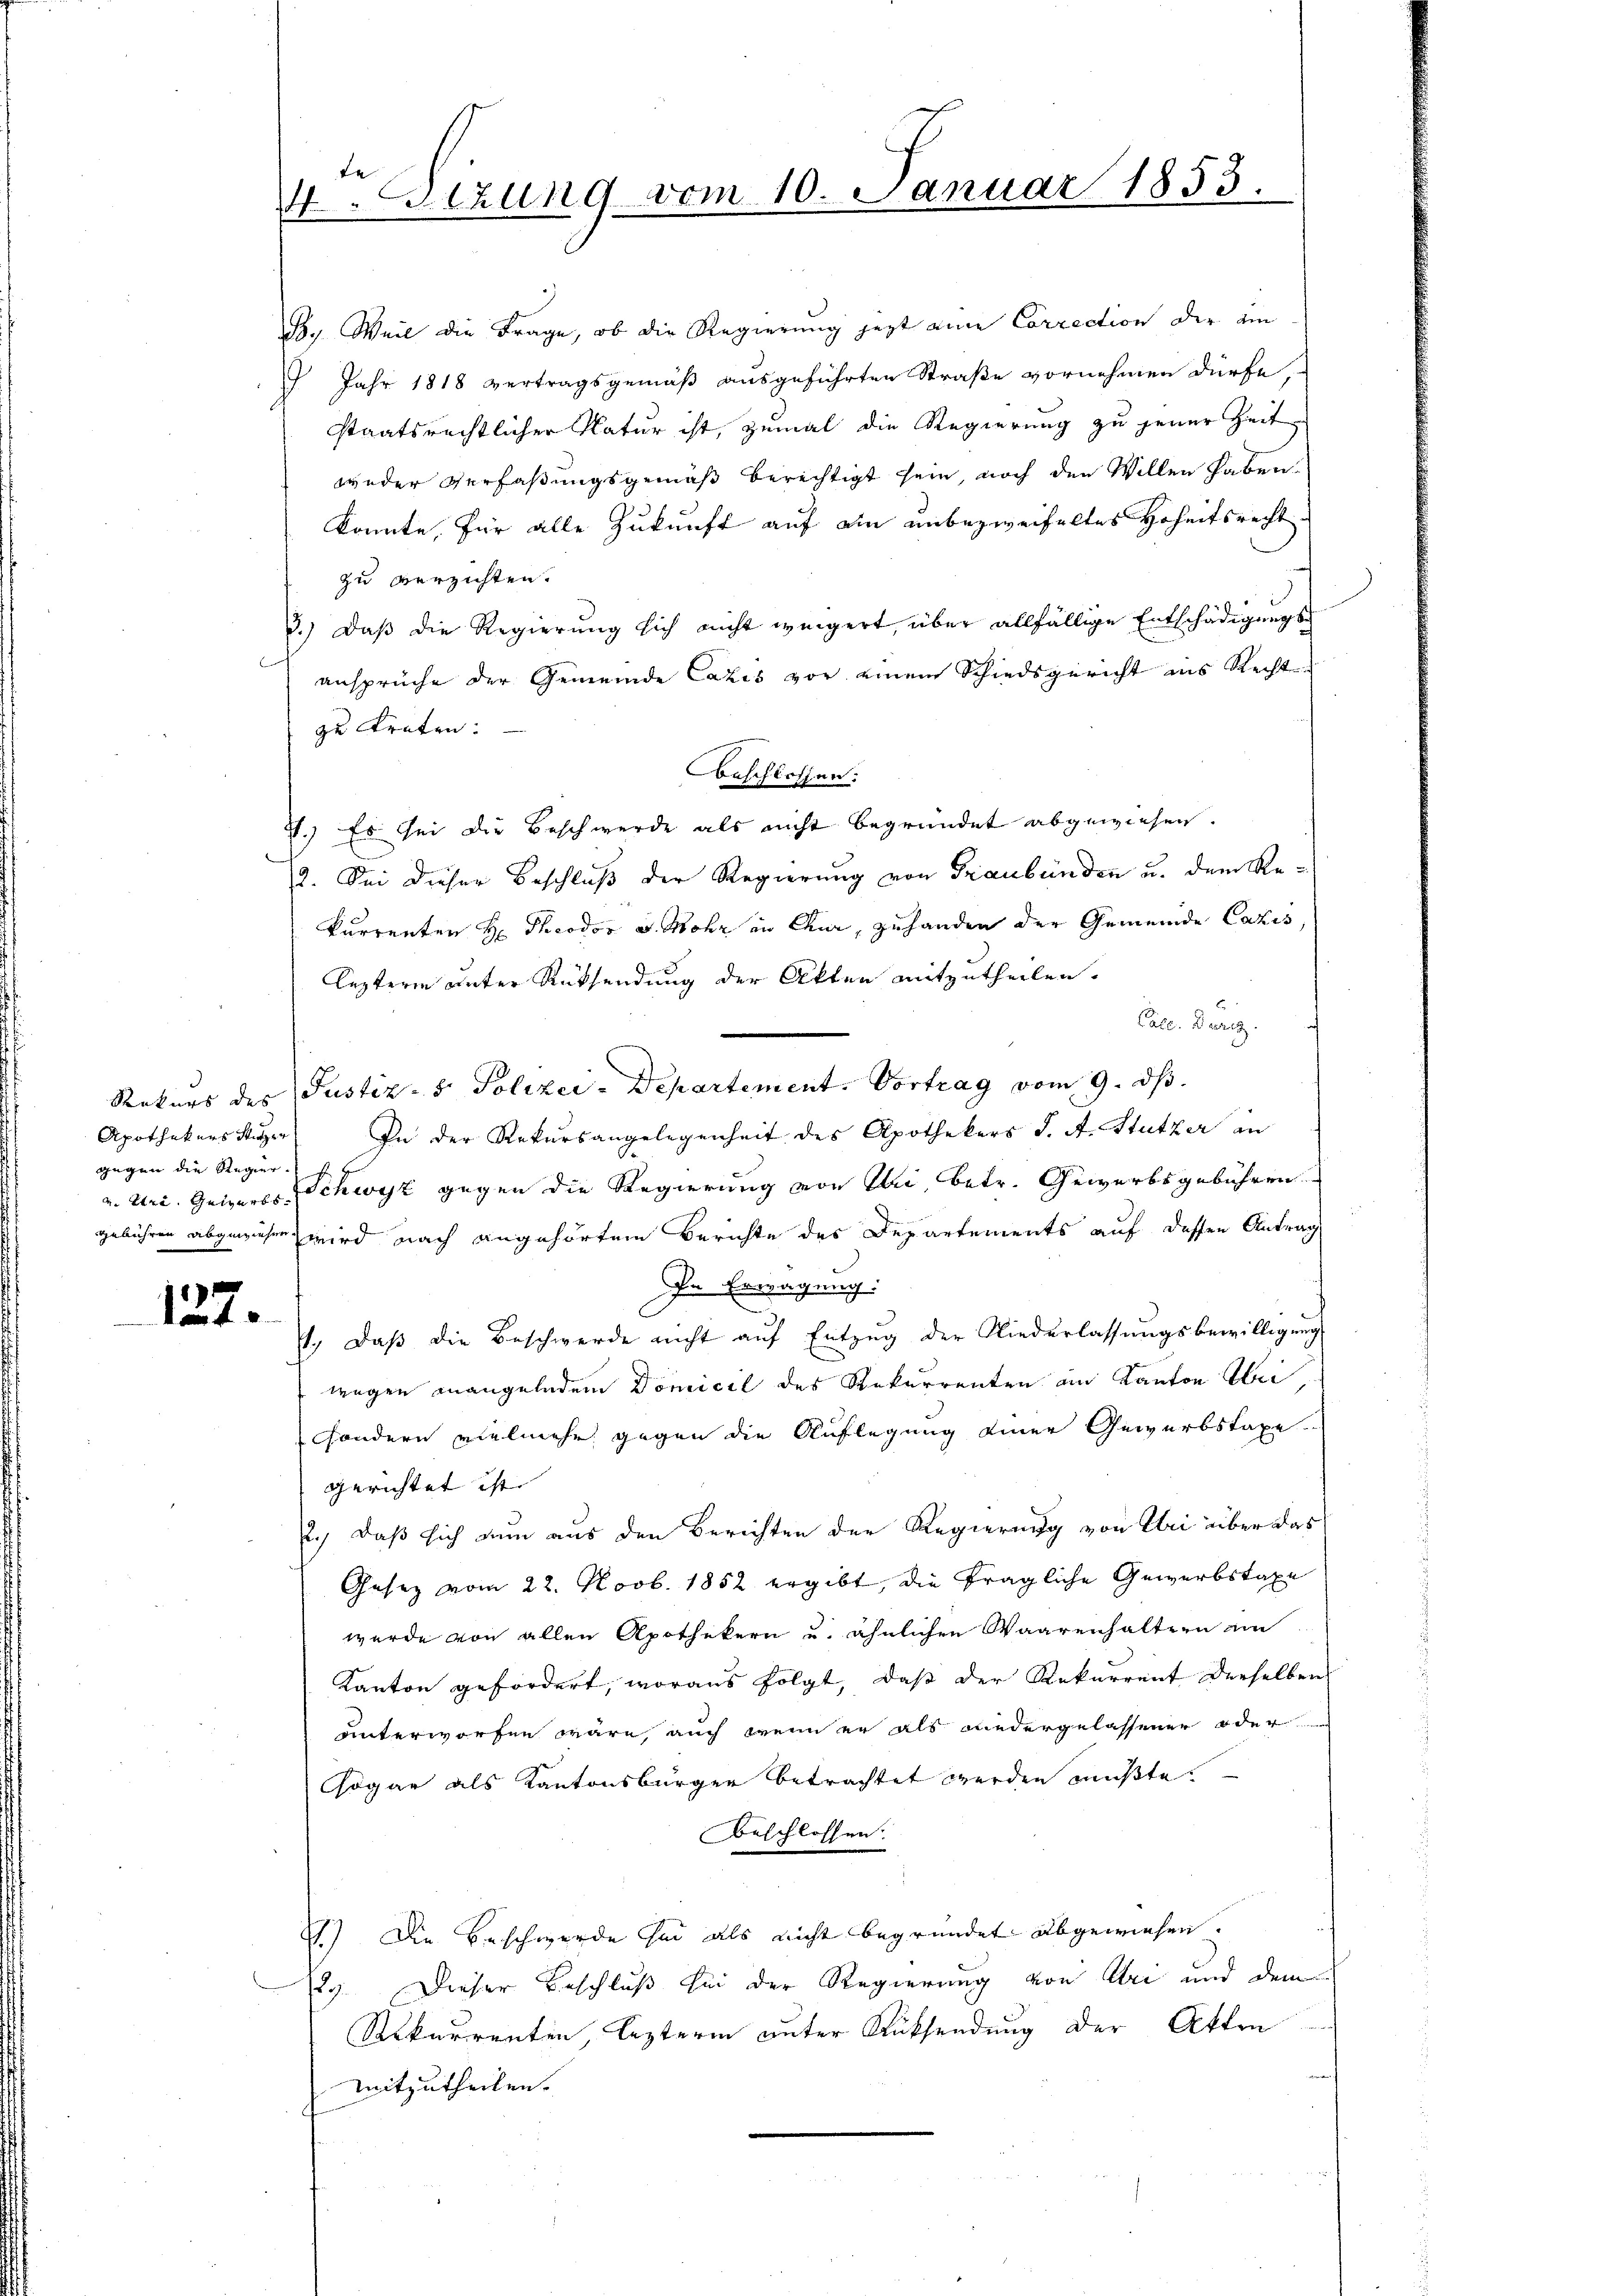
gegen die Regier-

127.

.Sizung vom 10. Januar 1853.

B. Weil die Frage, ob die Regierung jetzt eine Correction der ein
 Jahr 1818 vertragsgemäß ausgeführten Straße vornehmen dürfe,
staatsrechtlicher Natur ist, zumal die Regierung zu jener Zeit
weder Verfaßungsgemäß berechtigt sein, noch den Willen haben.
konnte, für alle Zukunft auf ein unbezweifeltes Hoheitsrecht
zu verzichten.
3.) Daß die Regierung sich nicht weigert, über allfällige Entschädigungsansprüche der Gemeinde Cazis vor einem Schiedsgericht aus Recht
zu treten.
Beschlossen:
7.) Es sei die Beschwerde als nicht begründet abgewiesen.
2. Sei dieser Beschluß der Regierung von Graubünden u. dem Rekurrenten H. Theodor v. Mohr in Chur, zu handen der Gemeinde Cazis,
lezteren unter Rücksendung der Akten mitzutheilen.
Cate. Durez.
Rekurs des Justiz- & Polizei-Departement. Vortrag vom 9. ds.
Apothekersstier. In der Rekursangelegenheit des Apothekers J. A. Stutzer an
a. Uri. Geigers Schwyz gegen die Regierung von Uri, betr. Gewerbsgebühren
gebühren abgewiesen wird nach angehörtem Berichte des Departements auf dessen Antrag
In Erwägung:
1., daβ die Beschwerde nicht aŭf Entzŭg der Niederlassŭngsbewilligŭng
wegen unangelndem Domicil des Rekurrenten am Kanton Uri,
sondern vielmehr gegen die Auflegung einer Gewerbstaxe
gerichtet ist.
2., daß sich nun aus den Berichten der Regierung von Klei über das
Gesetz vom 22. Novb. 1852 ergibt, die fragliche Gewerbstaxe
wurde von allen Apothekern u. ähnlichen Waarenhaltern ein
Kanton gefordert, woraus folgt, daß der Rekurrent derselben
unterworfen wäre, auch wenn er als wiedergelassener oder
ogar als Kantonsbürger betrachtet werden mußte.
Beschlossen:
) Die Beschwerde sei als nicht begründet abgewiesen.
Dieser Beschluß sei der Regierung von Uri und dem
12
Rekurrenten, lezteren unter Rücksendung der Atten
mitzutheilen.